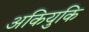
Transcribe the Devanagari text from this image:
अकियुकि